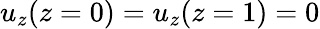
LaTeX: u_{z}(z=0)=u_{z}(z=1)=0